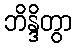
ဘိန္ဒိတွာ